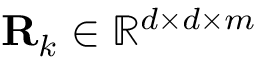
\mathbf { R } _ { k } \in \mathbb { R } ^ { d \times d \times m }